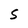
Character: S